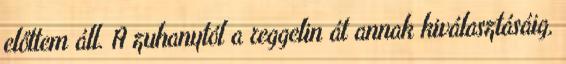
előttem áll. A zuhanytól a reggelin át annak kiválasztásáig,